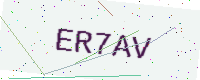
Text: ER7AV